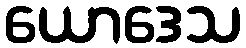
ယောဒေသ